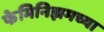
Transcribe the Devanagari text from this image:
फेमिनिझमच्या